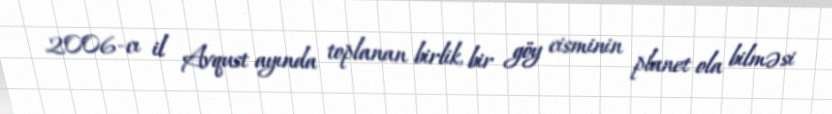
2006-cı il Avqust ayında toplanan birlik, bir göy cisminin planet ola bilməsi